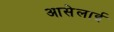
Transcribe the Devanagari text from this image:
आसेलाई